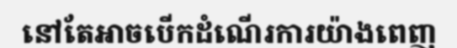
នៅតែអាចបើកដំណើរការយ៉ាងពេញ